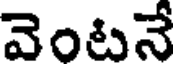
వెంటనే